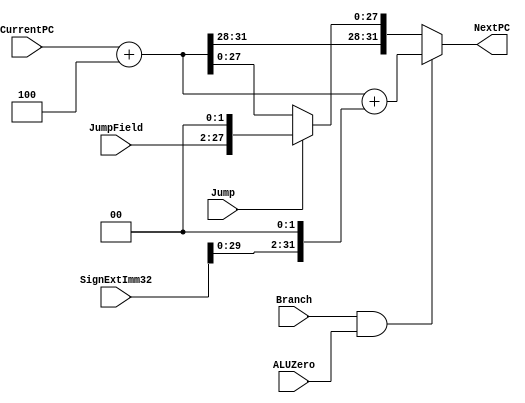
module NextPClogic(NextPC, CurrentPC, JumpField, SignExtImm32, Branch, ALUZero, Jump);
input [31:0] CurrentPC, SignExtImm32;
input [25:0] JumpField;
input Branch, ALUZero, Jump;
output reg [31:0] NextPC;
reg [31:0] NextPC;  //make this reg because its referred to in the always statement
wire [31:0] BranchOffset,JumpAddress;
wire [31:0] JumpSource;

assign JumpSource = CurrentPC+32'd4;
assign BranchOffset = SignExtImm32<<2;
assign JumpAddress = {JumpSource[31:28], JumpField, 2'b00};

always @(*) begin 

 if (Branch && ALUZero) NextPC <= #3 (CurrentPC + 32'd4 + BranchOffset); 

else 
 if (Jump)  NextPC <= #3 JumpAddress;

  else NextPC <= #2 CurrentPC+32'd4;

  end
endmodule